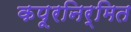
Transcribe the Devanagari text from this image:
कपूरनिर्मित